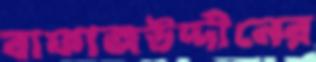
বাফাজউদ্দীনের